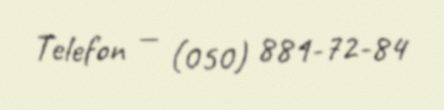
Telefon — (050) 881-72-84